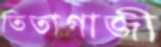
তিতাগাজী